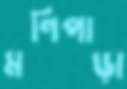
মণিপাড়া